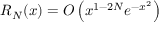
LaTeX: R _ { N } ( x ) = O \left( x ^ { 1 - 2 N } e ^ { - x ^ { 2 } } \right)